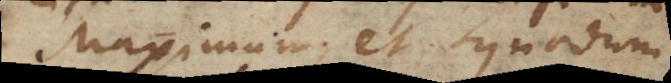
Maximum et synodum